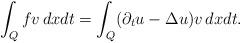
LaTeX: \begin{align*} \int_Q f v \,dx dt = \int_Q (\partial_t u - \Delta u )v \,dx dt. \end{align*}